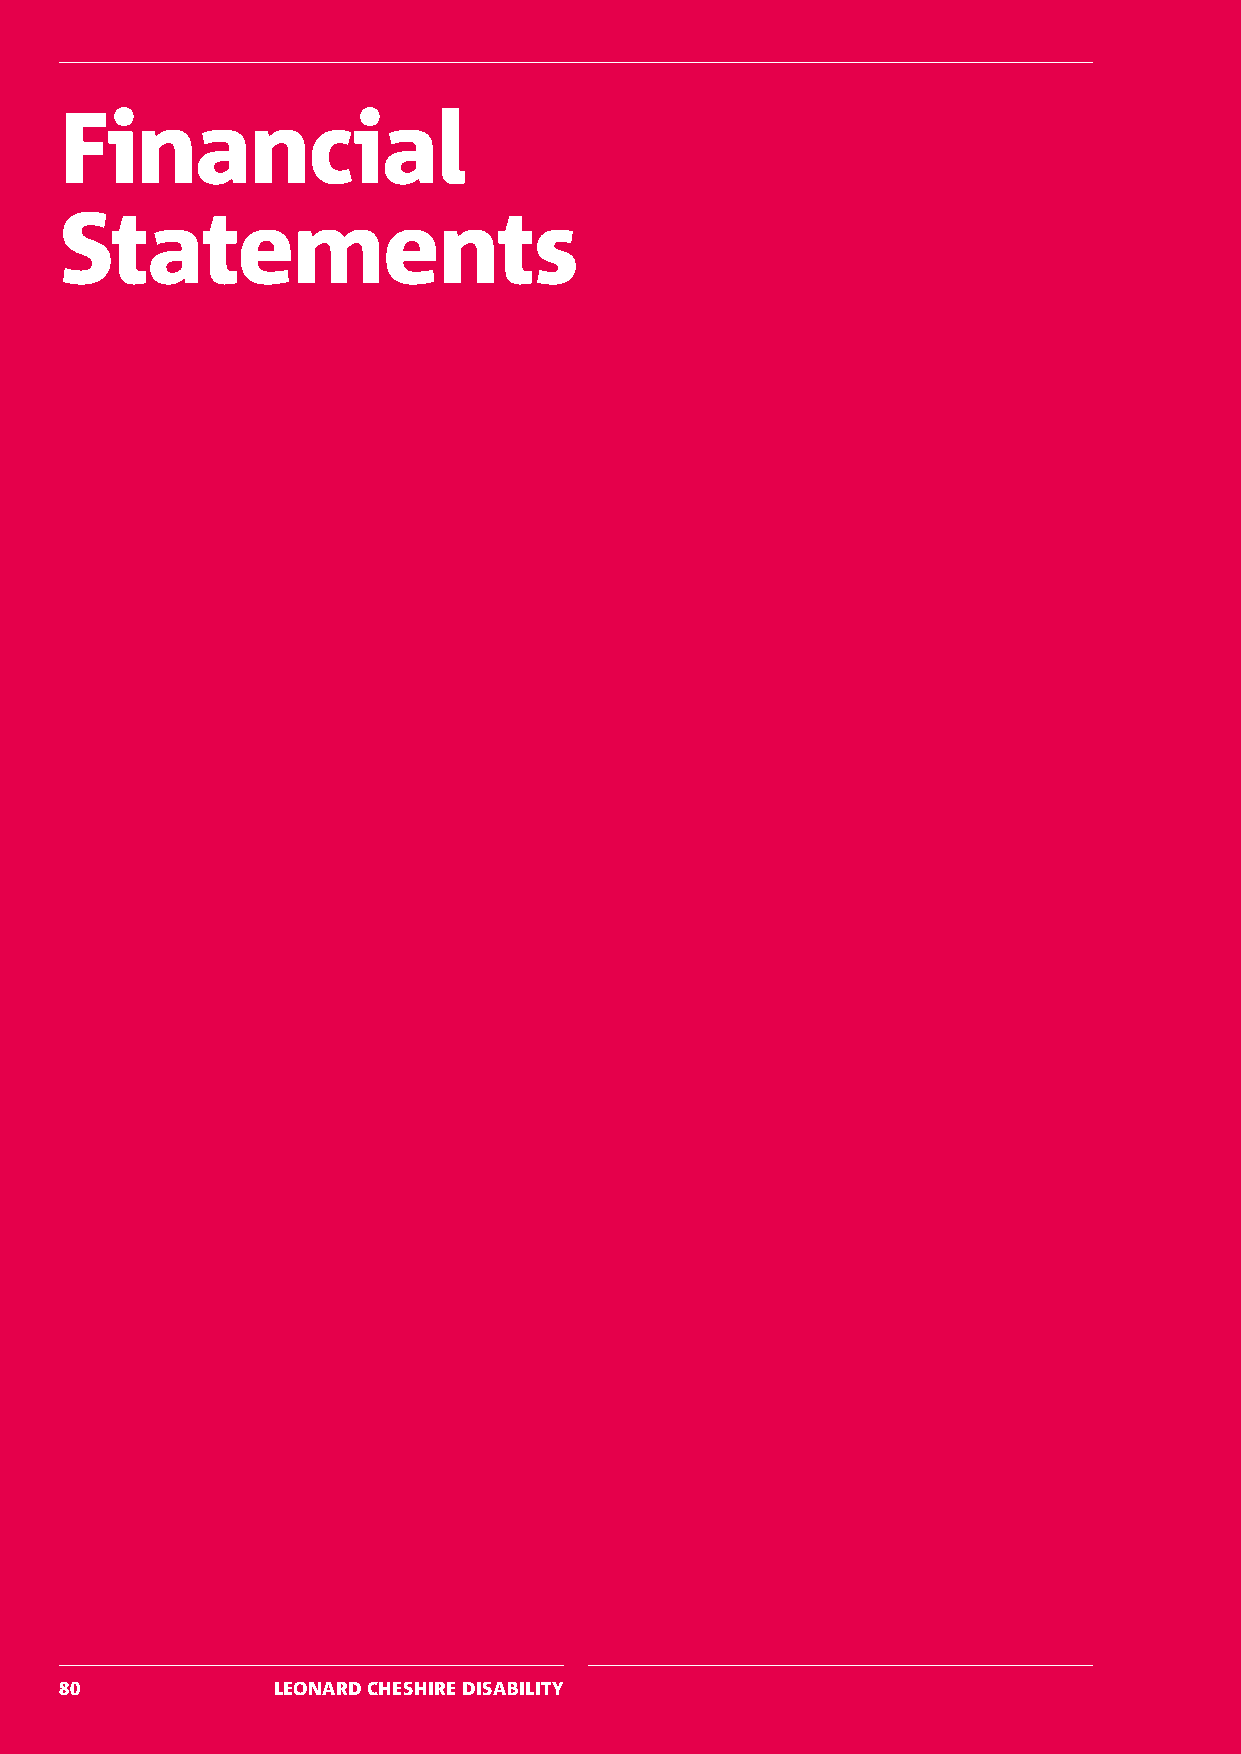
Financial
 Statements
 80            LEONARD CHESHIRE DISABILITY